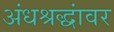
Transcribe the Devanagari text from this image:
अंधश्रद्धांवर